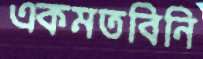
একমতবিনি